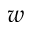
w